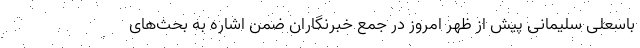
باسعلی سلیمانی پیش از ظهر امروز در جمع خبرنگاران ضمن اشاره به بحث‌های